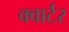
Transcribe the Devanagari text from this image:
क्‍वार्टर